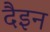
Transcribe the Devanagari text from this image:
दैइन